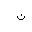
Letter: _non